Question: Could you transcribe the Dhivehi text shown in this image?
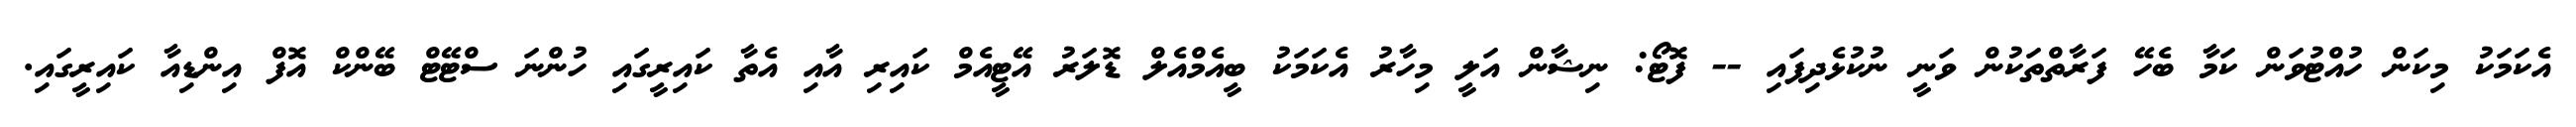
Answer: އެކަމަކު މިކަން ހުއްޓުވަން ކަމާ ބެހޭ ފަރާތްތަކުން ވަނީ ނުކުޅެދިފައި -- ފޮޓޯ: ނިޝާން އަލީ މިހާރު އެކަމަކު ބީއެމްއެލް ޑޮލަރު އޭޓީއެމް ކައިރި އާއި އެތާ ކައިރީގައި ހުންނަ ސްޓޭޓް ބޭންކް އޮފް އިންޑިއާ ކައިރީގައި.